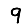
Digit: 9